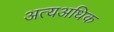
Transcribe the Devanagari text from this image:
अत्यअधिक